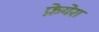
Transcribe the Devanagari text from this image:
फ़ेयेरा